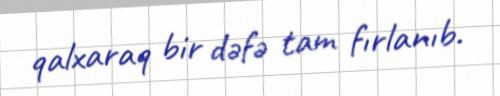
qalxaraq bir dəfə tam fırlanıb.